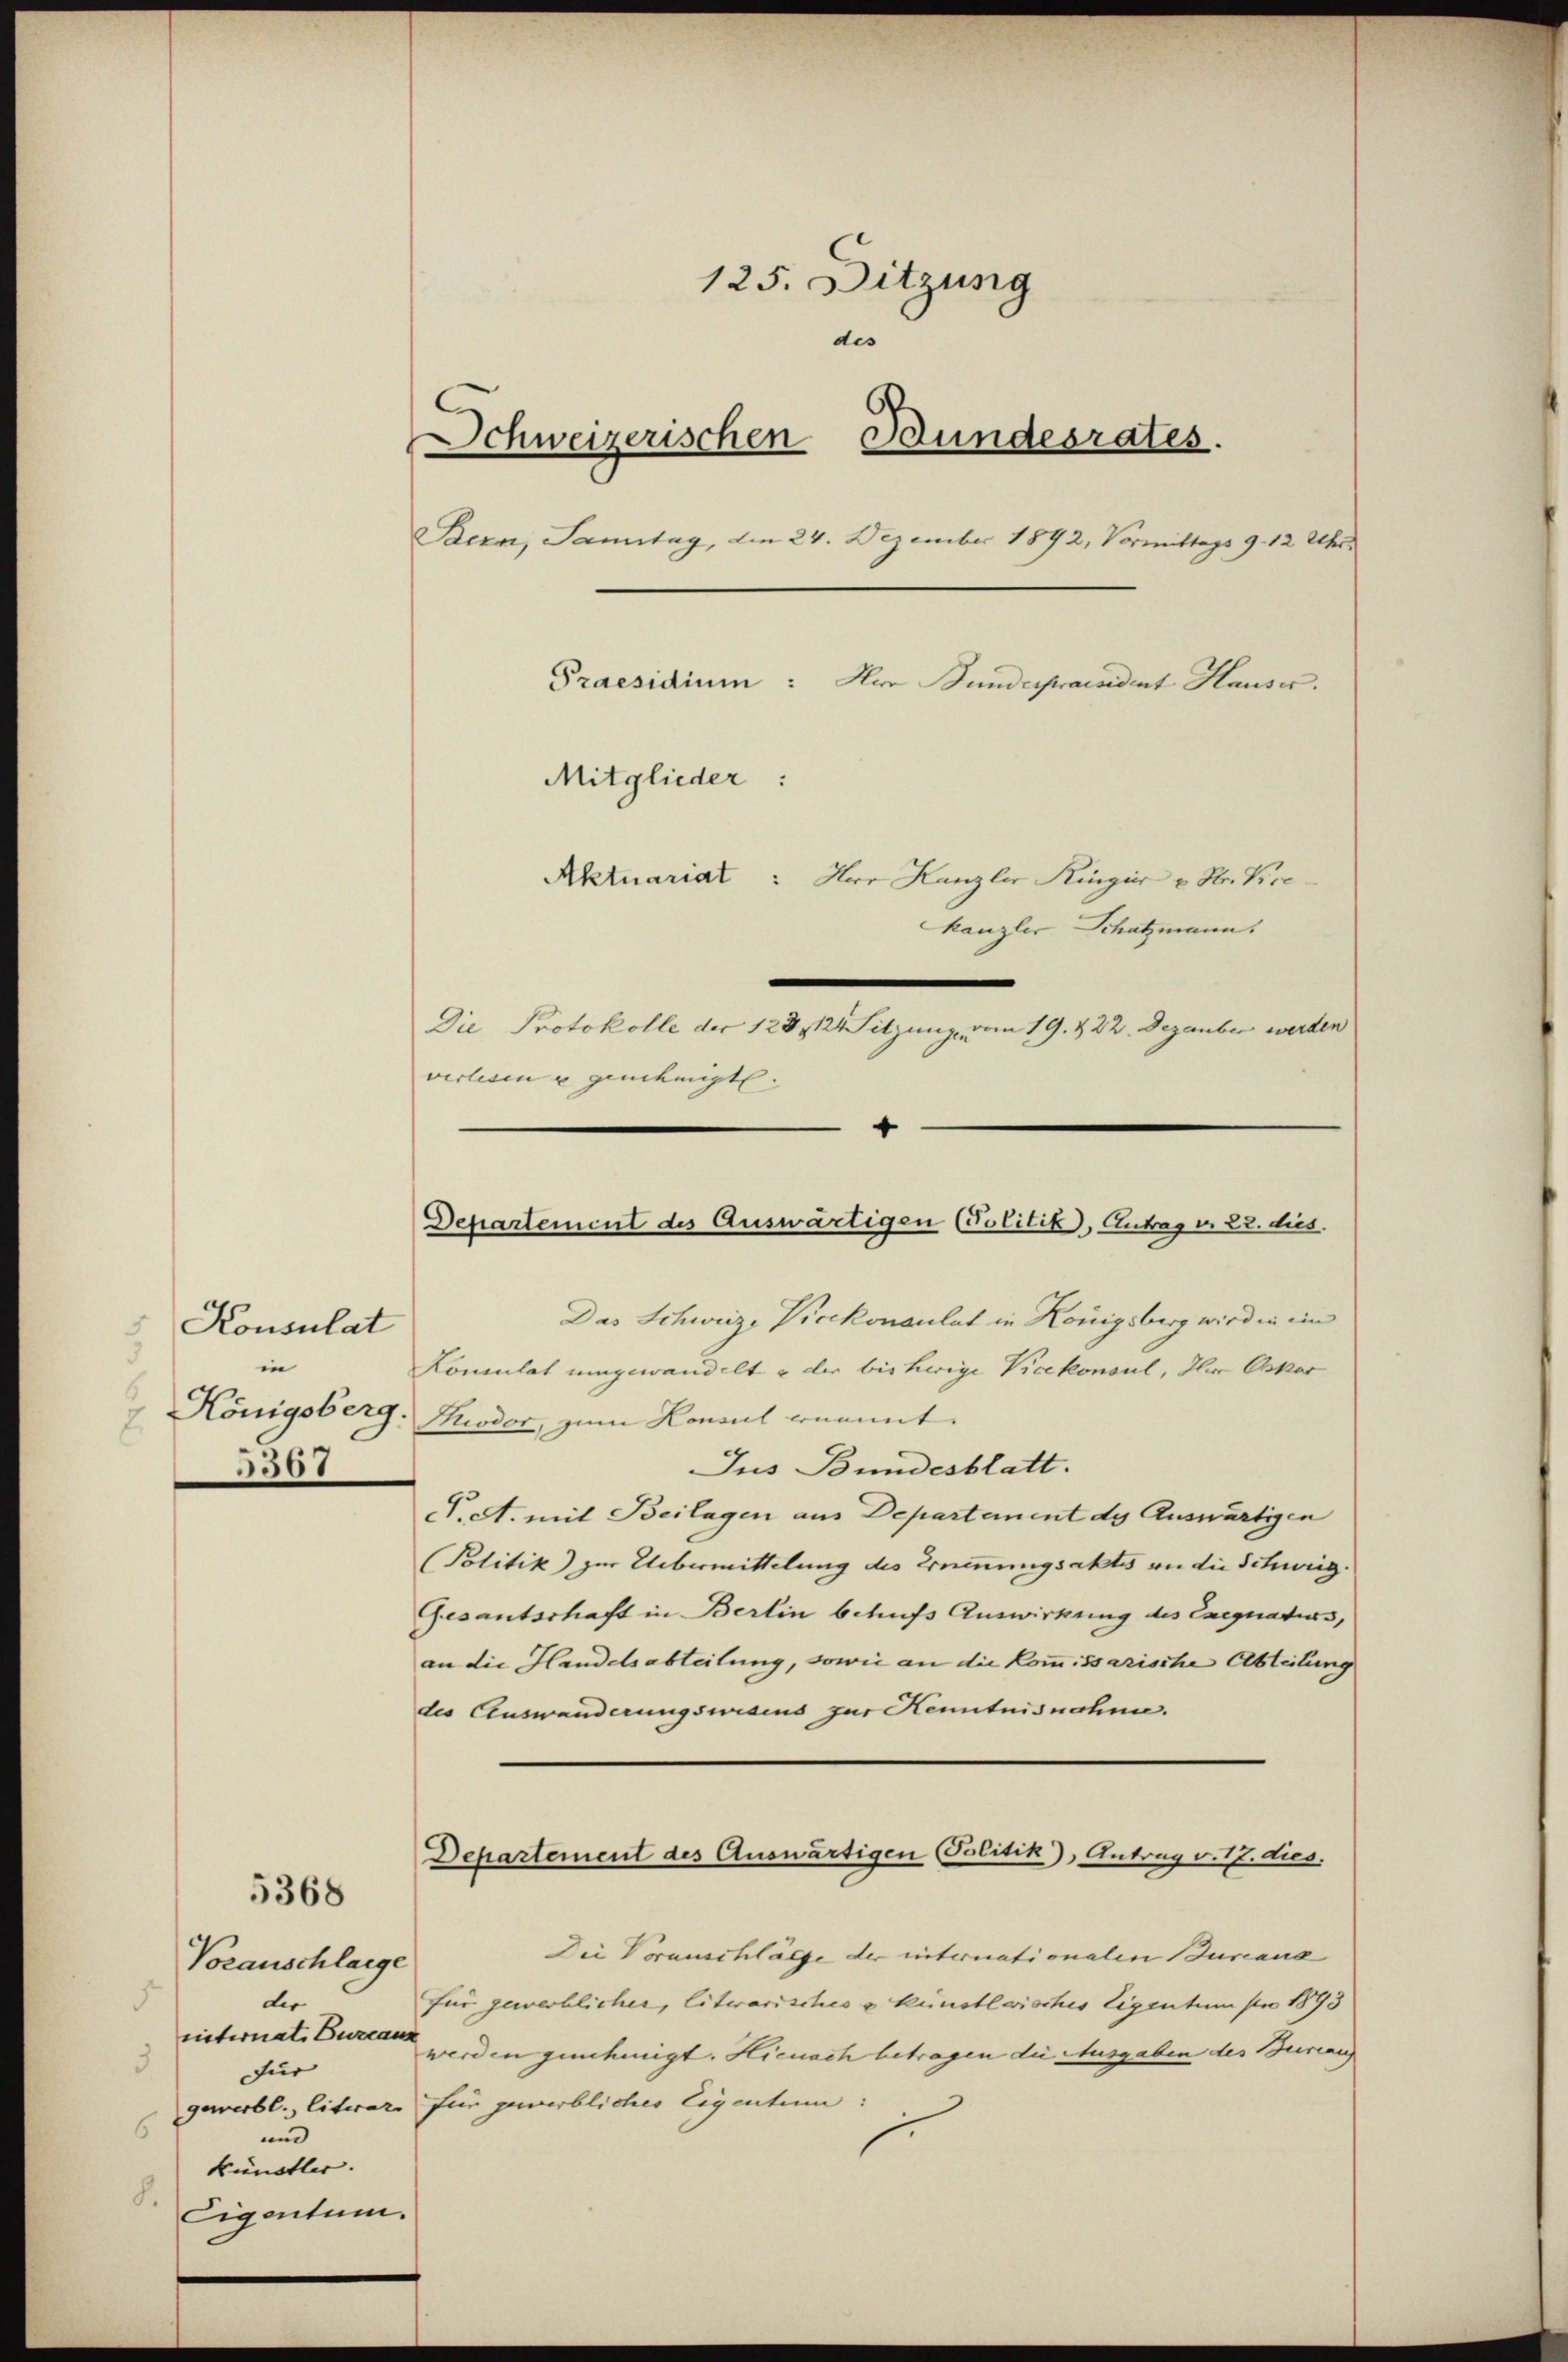
Konsulat
in
5367

5368

Voranschlagge
der
5
ninternat. Bureaus
3.
für
6
und
künstler. |
8.
Eigentum.

Die Protokolle der 128, 124 Sitzung vom 19. 422. Dezauber werden
verlesen u genehmigt. |
“
Das Schweiz, Vicekonsulat in Königsberg wird in ein
Konsulat umgewandelt u der bisherige Vicekonsul, Ihr Oskar
1. Königsberg-Kuodor, zum Konsul enannt.
Jus Bundesblatt.
. A. mit Beilagen aus Departement de Auswärtigen
Politik) zur Uebermittelung des Ernimmungsaktes an die Schweig.
Gesantschaft in Berlin behufs Auswirkung des Exequatius,
an die Handelsabteilung, sowie an die Kommissarische Abteilung
des Auswanderungswesens zur Kenntnisnahme.
Departement des Auswärtigen (Politik), Antrag v. 17. dies.
Die Voranschläge der unternationalen Burcana
für gewerblicher, literarisches v. Künstleisches Eigentum per 1893
werden genehmigt. Hienach betragen die Ausgaben des Bureau
gewerbl., literar für gewerbliches Eigentum:

125. Ditzung
des
Schweizerischen Bundesrates.
Bern, Sanitag, den 24. Dezember 1892, Vormittags 9. 12 Uhr.
Praesidium: Nur Bunderpraesident Hauser.
Mitglieder:
Aktuariat: Her Kanzler Ringier v. Str. Vicekanzler Schatzmann.

Departement des Auswärtigen (Politik, Antrag v. 22. dies